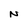
Character: N